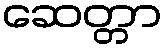
ဆေတ္တာ